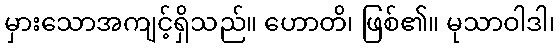
မှားသောအကျင့်ရှိသည်။ ဟောတိ၊ ဖြစ်၏။ မုသာဝါဒါ၊